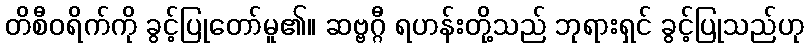
တိစီဝရိက်ကို ခွင့်ပြုတော်မူ၏။ ဆဗ္ဗဂ္ဂီ ရဟန်းတို့သည် ဘုရားရှင် ခွင့်ပြုသည်ဟု